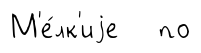
М'е́лк'иjе по